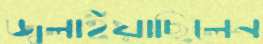
জ্বলাইয়াছিলেন